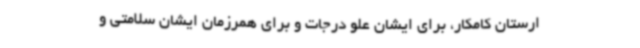
ارستان کامکار، برای ایشان علو درجات و برای همرزمان ایشان سلامتی و